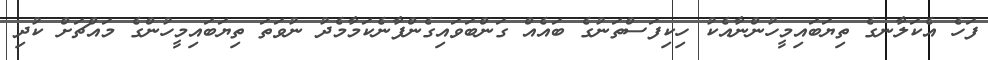
ފަހެ އެކަލާނގެ ތިޔަބައިމީހުންނާއެކު ހިކިފަސްތަނުގެ ބައެއް ގަންބަވައިގެންފާނެކަމާމެދު ނުވަތަ ތިޔަބައިމީހުންގެ މައްޗަށް ކުދި